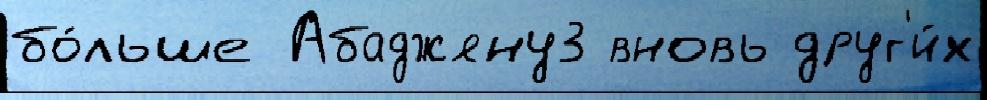
бо́льше Абаджяну3 вновь друг'и́х